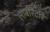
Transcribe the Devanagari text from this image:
लाबोरटरि